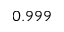
0 . 9 9 9